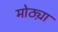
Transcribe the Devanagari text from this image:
मोठ्य़ा